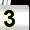
Digit: 3